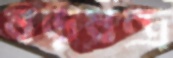
ষড়ষন্ত্র